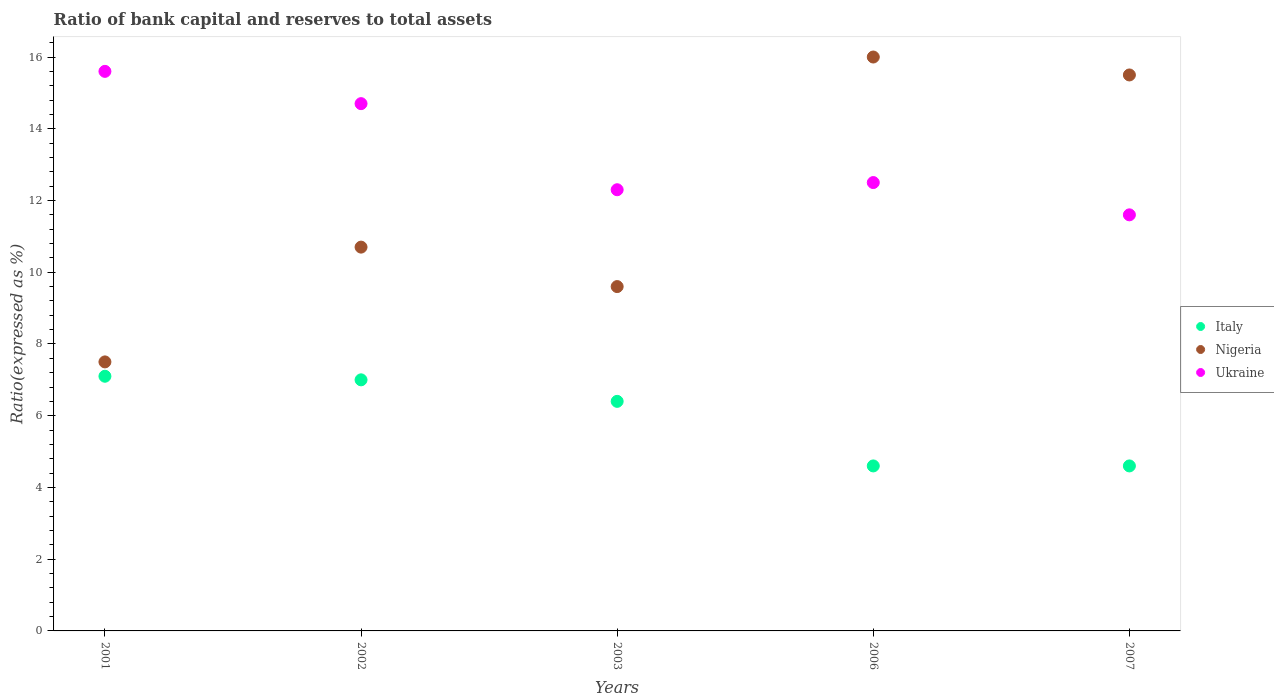
| Years | Italy | Nigeria | Ukraine |
 | --- | --- | --- | --- |
 | 2001 | 7.1 | 7.5 | 15.6 |
 | 2002 | 7 | 10.7 | 14.7 |
 | 2003 | 6.4 | 9.6 | 12.3 |
 | 2006 | 4.6 | 16 | 12.5 |
 | 2007 | 4.6 | 15.5 | 11.6 |